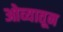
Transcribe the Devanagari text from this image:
ओव्यातून